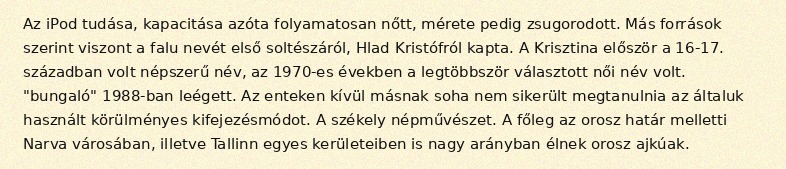
Az iPod tudása, kapacitása azóta folyamatosan nőtt, mérete pedig zsugorodott. Más források szerint viszont a falu nevét első soltészáról, Hlad Kristófról kapta. A Krisztina először a 16-17. században volt népszerű név, az 1970-es években a legtöbbször választott női név volt. "bungaló" 1988-ban leégett. Az enteken kívül másnak soha nem sikerült megtanulnia az általuk használt körülményes kifejezésmódot. A székely népművészet. A főleg az orosz határ melletti Narva városában, illetve Tallinn egyes kerületeiben is nagy arányban élnek orosz ajkúak.